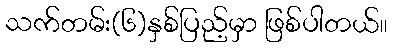
သက်တမ်း(၆)နှစ်ပြည့်မှာ ဖြစ်ပါတယ်။